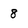
Character: 8